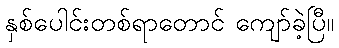
နှစ်ပေါင်းတစ်ရာတောင် ကျော်ခဲ့ပြီ။